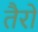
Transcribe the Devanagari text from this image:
तैरो